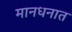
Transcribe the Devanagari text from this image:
मानधनात